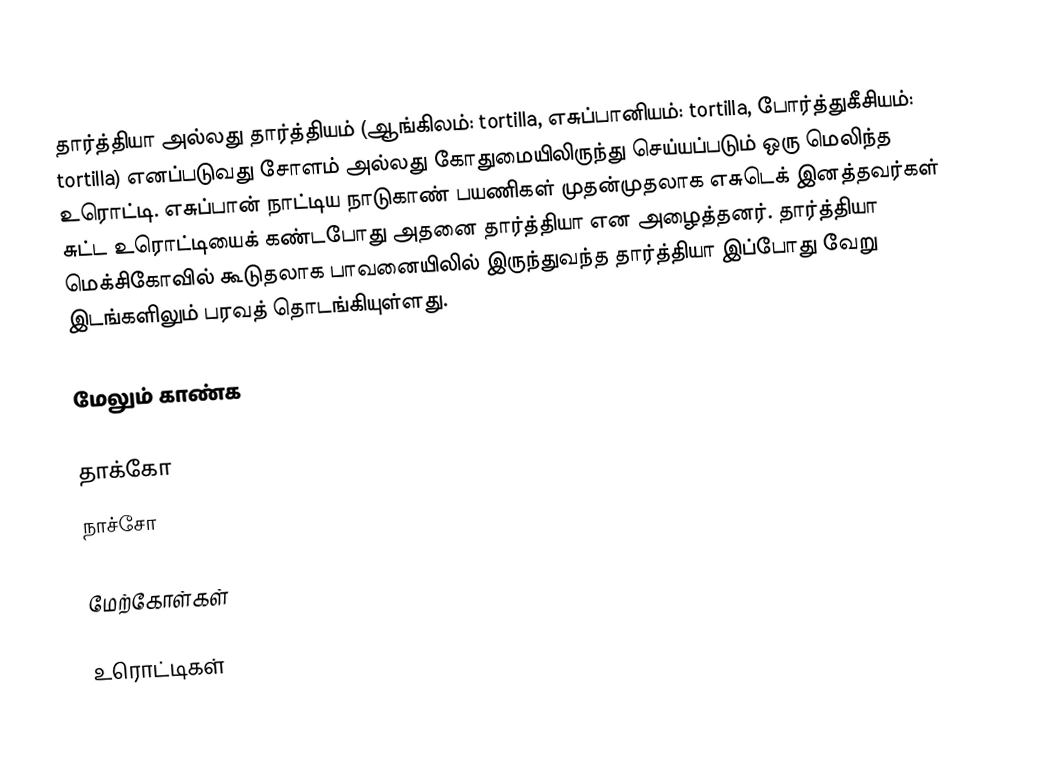
தார்த்தியா அல்லது தார்த்தியம் (ஆங்கிலம்: tortilla, எசுப்பானியம்: tortilla, போர்த்துகீசியம்: tortilla) எனப்படுவது சோளம் அல்லது கோதுமையிலிருந்து செய்யப்படும் ஒரு மெலிந்த உரொட்டி. எசுப்பான் நாட்டிய நாடுகாண் பயணிகள் முதன்முதலாக எசுடெக் இனத்தவர்கள் சுட்ட உரொட்டியைக் கண்டபோது அதனை தார்த்தியா என அழைத்தனர். தார்த்தியா மெக்சிகோவில் கூடுதலாக பாவனையிலில் இருந்துவந்த தார்த்தியா இப்போது வேறு இடங்களிலும் பரவத் தொடங்கியுள்ளது.

மேலும் காண்க

 தாக்கோ
 நாச்சோ

மேற்கோள்கள்

உரொட்டிகள்